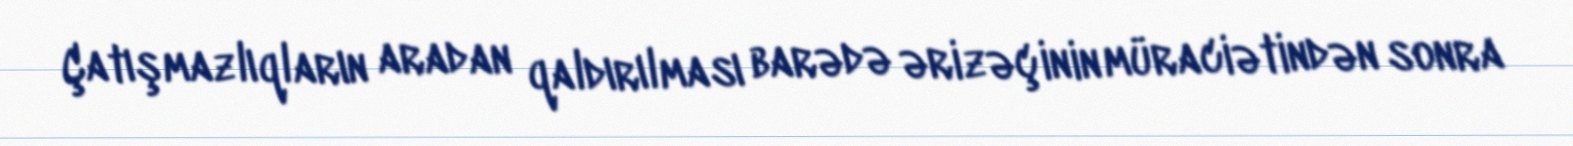
Çatışmazlıqların aradan qaldırılması barədə ərizəçinin müraciətindən sonra